Indian journal of veterinary science and animal husbandry - Volume 6,
Year: 1936
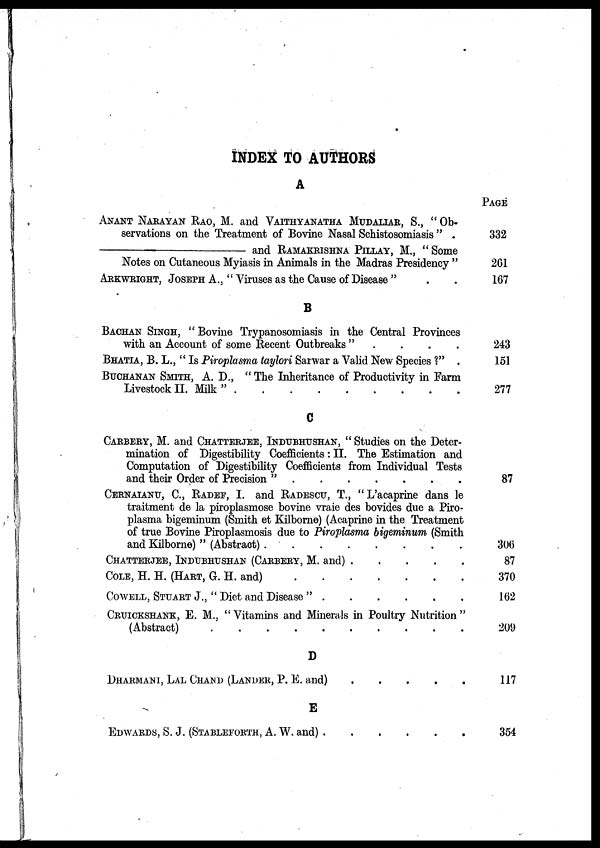
INDEX TO AUTHORS
A
ANANT NARAYAN RAO, M. and VAITHYANATHA MUDALIAR, S., " Ob-
servations on the Treatment of Bovine Nasal Schistosomiasis "
—
and RAMAKRISHNA PELLAY, M., " Some
Notes on Cutaneous Myiasis in Animals in the Madras Presidency "
ARKWRIGHT, JOSEPH A., " Viruses as the Cause of Disease "
B
BACHAN SINGH, " Bovine Trypanosomiasis in the Central Provinces
with an Account of some Recent Outbreaks "
BHATIA, B. L., " Is Piroplasma taylori Sarwar a Valid New Species ?" .
BUCHANAN SMITH, A. D., " The Inheritance of Productivity in Farm
Livestock II. Milk"
C
CARBERY, M. and CHATTERJEE, Indubhushan, " Studies on the Deter-
mination of Digestibility Coefficients: II. The Estimation and
Computation of Digestibility Coefficients from Individual Tests
CERNAIANU, C, RADEF, I. and RADESCU, T., "L'acaprine dans le
traitment de la piroplasmose bovine vraie des bovides due a Piro-
plasrna bigeminum (Smith et Kilborne) (Acaprine in the Treatment
of true Bovine Piroplasmosis due to Piroplasma bigeminum (Smith
and Kilborne) " (Abstract)
CHATTERJEE, INDUBHUSHAN (CARBERY, M. and)
COLE, H. H. (HART, G. H. and)
COWELL, STUART J., " Diet and Disease "
CRUICKSHANK, E. M., " Vitamins and Minerals in Poultry Nutrition "
D
DHARMANI, LAL CHAND (LANDER, P. E. and)
E
EDWARDS, S. J. (STABLEFORTH, A. W. and)
PAGE
332
261
167
243
151
277
87
306
87
370
162
209
117
354